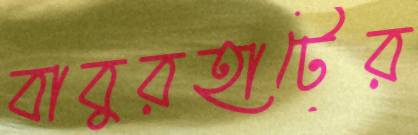
বাবুরহাটের